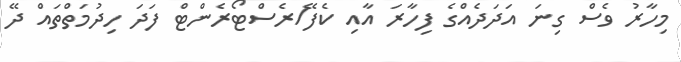
މިހާރު ވެސް ގިނަ އަދަދެއްގެ ފިހާރަ އާއި ކެފޭ/ރެސްޓޯރެންޓް ފަދަ ހިދުމަތްތައް ދޭ